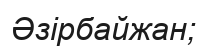
Әзірбайжан;